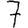
Digit: 7